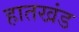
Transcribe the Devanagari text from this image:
हातखंड